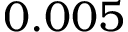
0 . 0 0 5